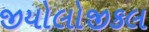
જીયોલોજીકલ